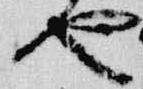
也